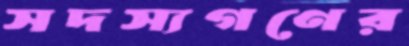
সদস্যগণের